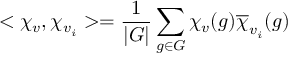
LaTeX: < \chi _ { v } , \chi _ { v _ { i } } > = { \frac { 1 } { | G | } } \sum _ { g \in G } \chi _ { v } ( g ) { \overline { { \chi } } } _ { v _ { i } } ( g )